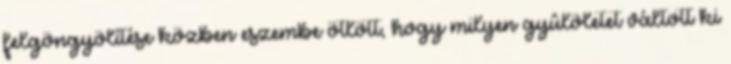
felgöngyölítése közben eszembe ötlött, hogy milyen gyûlöletet váltott ki